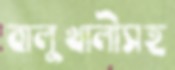
বালুখালীসহ